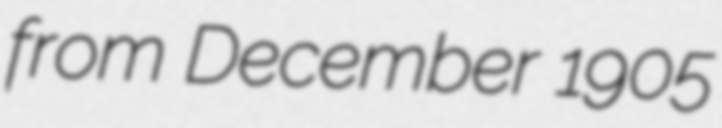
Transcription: from December 1905